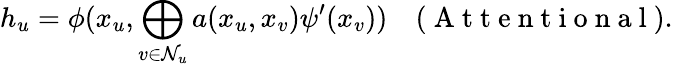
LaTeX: h_{u}=\phi(x_{u},\bigoplus_{v\in\mathcal{N}_{u}}a(x_{u},x_{v})\psi^{\prime}(x_{v}))\quad(\mathrm{~A~t~t~e~n~t~i~o~n~a~l~}).